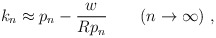
\begin{align*}k_n \approx p_n - \frac{w}{R p_n} \qquad (n\to \infty) \ ,\end{align*}